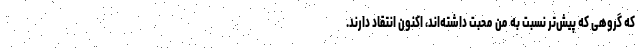
که گروهی که پیش‌تر نسبت به من محبت داشته‌اند، اکنون انتقاد دارند.